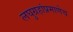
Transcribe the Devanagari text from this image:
लघुग्रहांप्रमाणेच